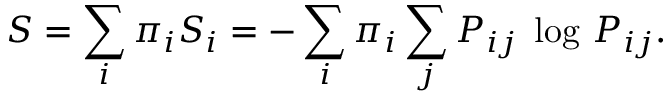
S = \sum _ { i } \pi _ { i } S _ { i } = - \sum _ { i } \pi _ { i } \sum _ { j } P _ { i j } \; \log \, P _ { i j } .